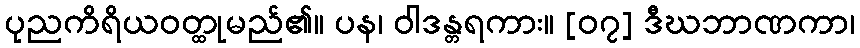
ပုညကိရိယဝတ္ထုမည်၏။ ပန၊ ဝါဒန္တရကား။ [၀၇] ဒီဃဘာဏကာ၊